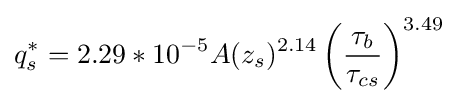
q_{s}^{*}=2.29*10^{-5}A(z_{s})^{2.14}\left({\frac {\tau _{b}}{\tau _{cs}}}\right)^{3.49}